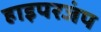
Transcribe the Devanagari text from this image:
हाइपरजंप